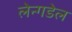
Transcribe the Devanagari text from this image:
लेन्गडेल